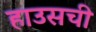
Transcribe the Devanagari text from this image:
हाउसची